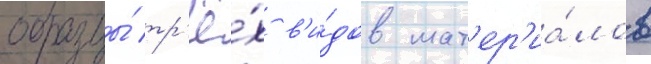
образцы́ тр'ё́х в'и́дов мат'ер'иа́лов